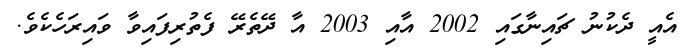
އެއީ ދެކުނު ޗައިނާގައި 2002 އާއި 2003 އާ ދޭތެރޭ ފެތުރިފައިވާ ވައިރަަހެކެވެ.